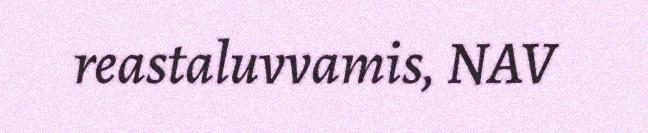
reastaluvvamis, NAV